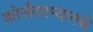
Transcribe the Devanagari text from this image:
कोर्सदरम्यानचे